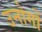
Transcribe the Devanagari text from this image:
उनोगों